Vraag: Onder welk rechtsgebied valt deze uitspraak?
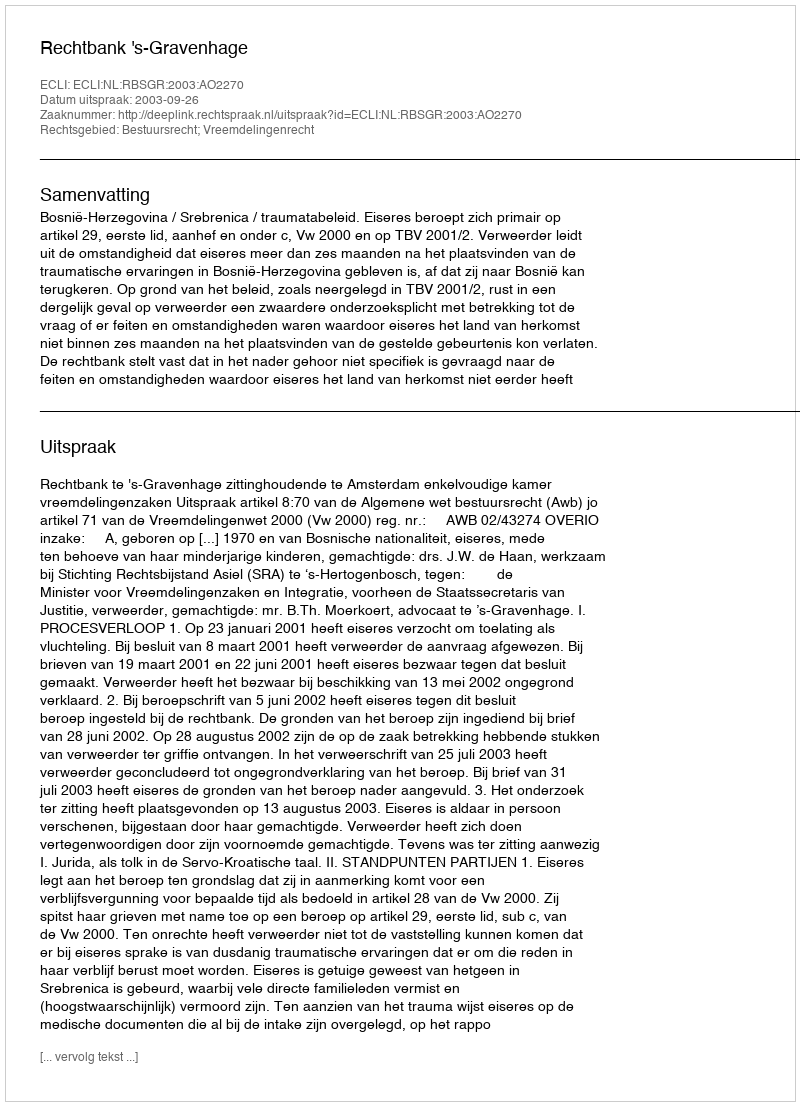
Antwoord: Bestuursrecht; Vreemdelingenrecht